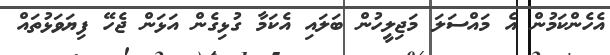
އެހެންކަމުން އެ މައްސަލަ މަޖިލީހުން ބަލައި އެކަމާ ގުޅިގެން އަޅަން ޖެހޭ ފިޔަވަޅުތައް